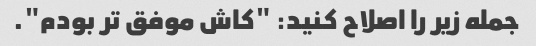
جمله زیر را اصلاح کنید: "کاش موفق تر بودم".